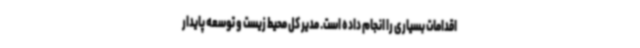
اقدامات بسیاری را انجام داده است. مدیر کل محیط زیست و توسعه پایدار